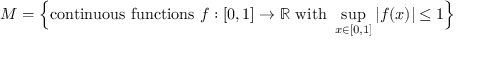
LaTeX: M = { \Big \{ } { \mathrm { c o n t i n u o u s ~ f u n c t i o n s ~ } } f : [ 0 , 1 ] \to \mathbb { R } { \mathrm { ~ w i t h ~ } } \operatorname* { s u p } _ { x \in [ 0 , 1 ] } | f ( x ) | \leq 1 { \Big \} }